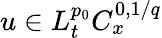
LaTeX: u\in L_{t}^{p_{0}}C_{x}^{0,1/q}